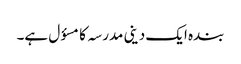
بندہ ایک دینی مدرسہ کامسؤل ہے۔